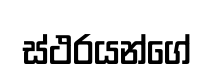
ස්ථරයන්ගේ